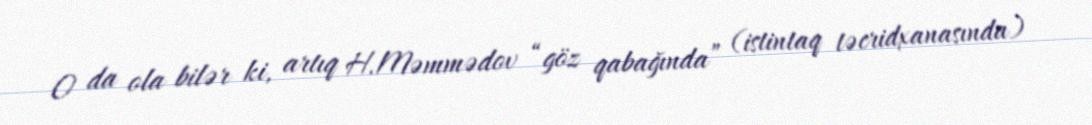
O da ola bilər ki, artıq H.Məmmədov “göz qabağında” (istintaq təcridxanasında)